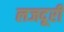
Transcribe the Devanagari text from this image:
लजदूरी